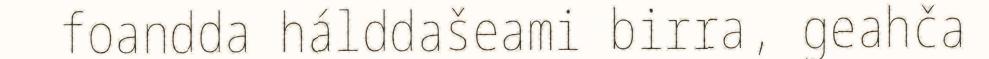
foandda hálddašeami birra, geahča